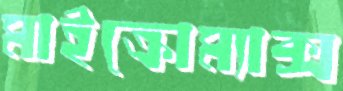
মাইক্রোম্যাক্স